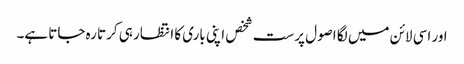
اور اسی لائن میں لگا اصول پرست شخص اپنی باری کا انتظار ہی کرتا رہ جاتا ہے۔